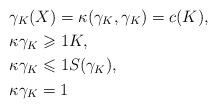
LaTeX: \begin{align*}&\gamma_K(X)=\kappa(\gamma_K,\gamma_K)=c(K),\\&\kappa\gamma_K\geqslant1K,\\&\kappa\gamma_K\leqslant1S(\gamma_K),\\&\kappa\gamma_K=1\end{align*}